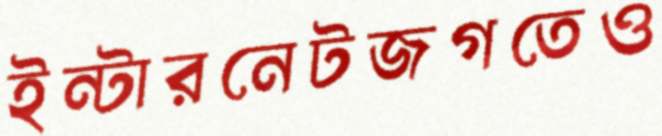
ইন্টারনেটজগতেও